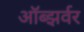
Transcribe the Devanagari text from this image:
ऑब्झर्वर